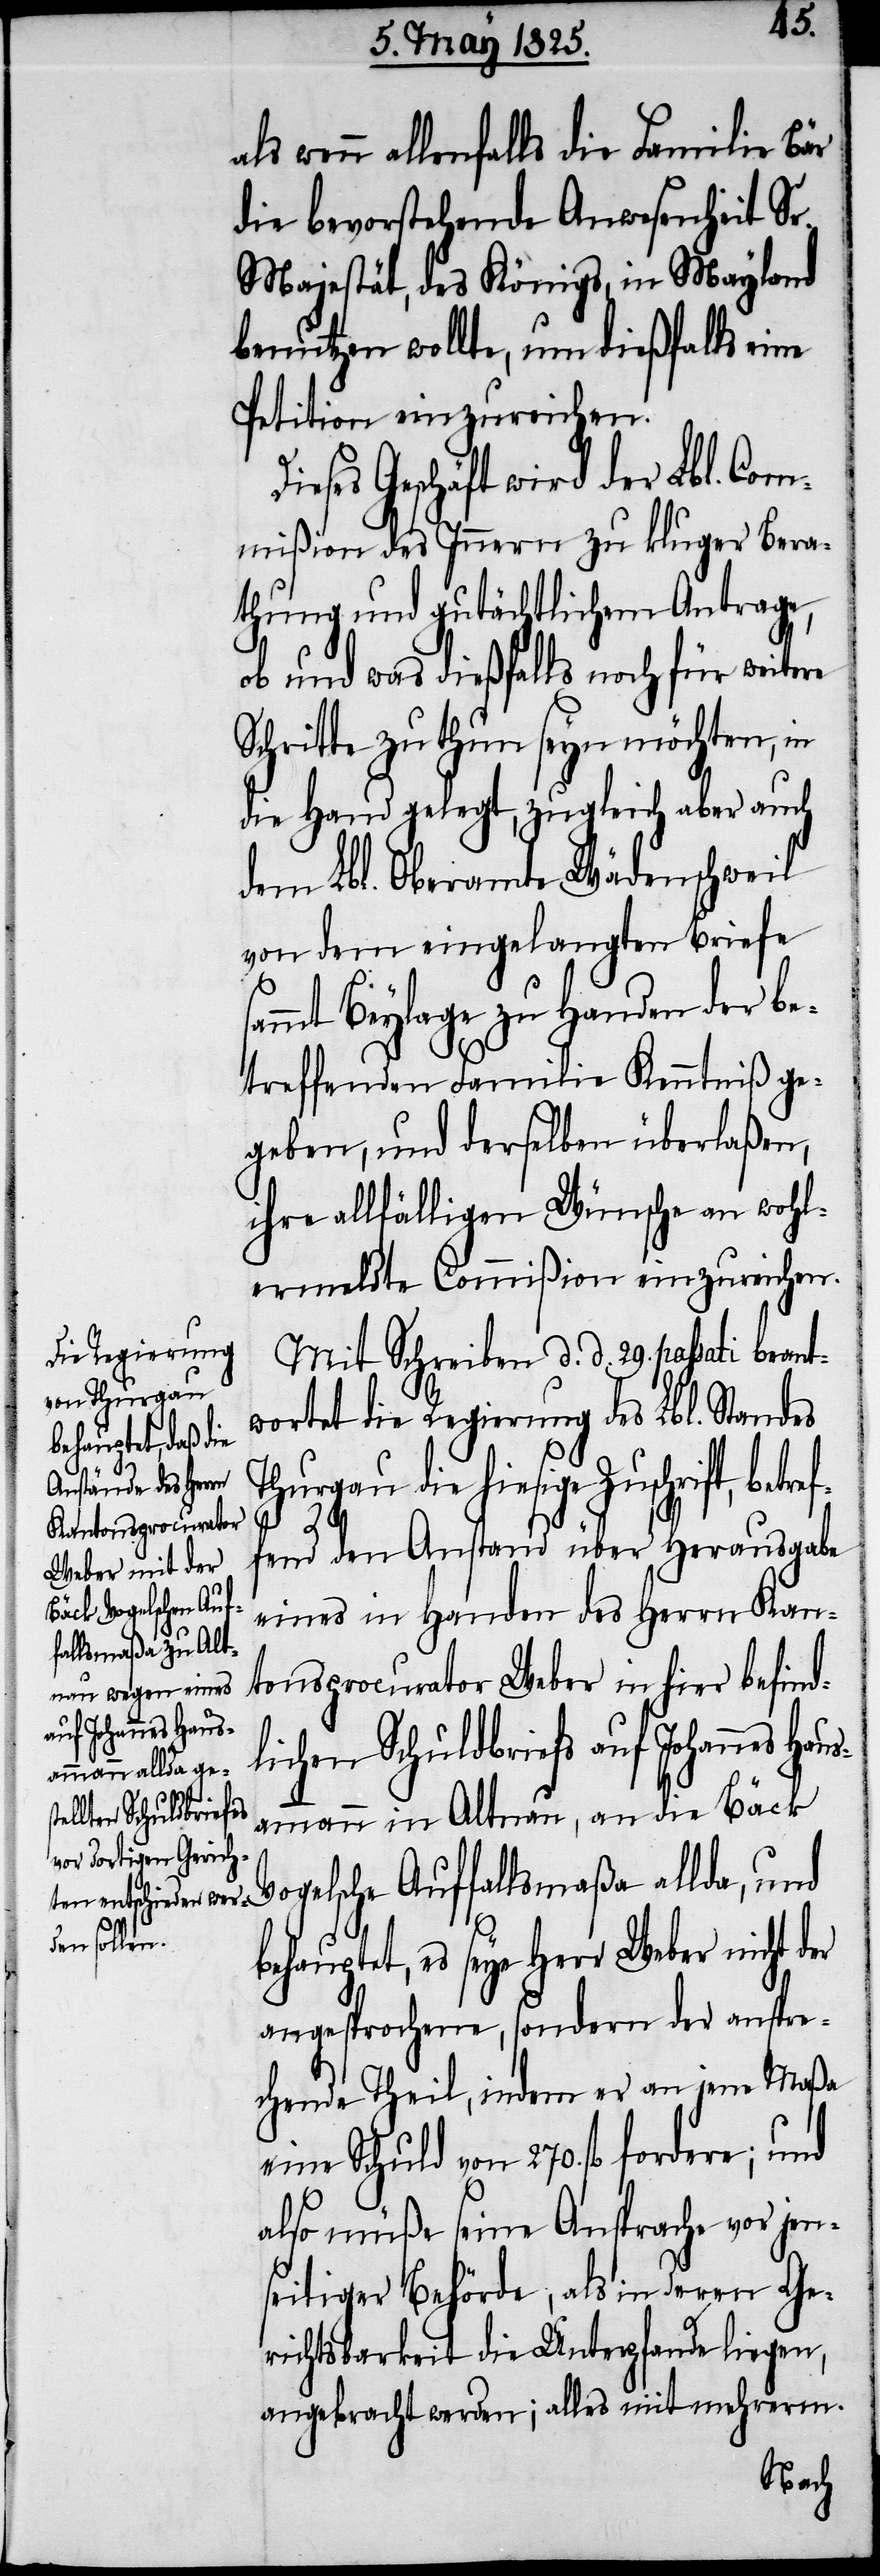
D¬
als wenn allenfalls die Familie Bär
die bevorstehende Anwesenheit Sr.
Majestät, des Königs, in Maylang
benutzen wollte, um dießfalls eine
Petition einzureichen.
ieses Geschäft wird der Lbl. Com¬
mißion des Innern zu kluger Bera¬
thung und gutächtlichem Antrage,
ob und was dießfalls noch für weitere
Schritte zu thun seyn möchten, in
die Hand gelegt, zugleich aber auch
dem Lbl. Oberamte Wädenschweil
von dem eingelangten Briefe s¬
ammt Beylage zu Handen der be¬
treffenden Familie Kenntniß ge¬
geben, und derselben überlaßen,
ihre allfälligen Wünsche an wohl¬
ermeldte Commißion einzureichen.
Mit Schreiben d. d. 29. passati beant¬
wortet die Regierung des Lbl. Standes
Thurgau die hiesige Zuschrift, betref¬
Haus¬
fend den Anstand über Herausgabe
eines in Handen des Herrn Kan¬
tonsprocurator Weber in hier befind¬
lichen Schuldbriefs auf Johannes
ammann in Altnau, an die Bäck
Vogelsche Auffallsmaßa allda, und
behauptet, es seye Herr Weber nicht der
angesprochene, sondern der anspre¬
chende Theil, indem er an jene Maßa
eine Schuld von 270. fl fordere; und
also müße seine Ansprache vor jen¬
seitiger Behörde, als in deren Ge¬
richtsbarkeit die Unterpfande liegen,
angebracht werden; alles mit mehrerm.